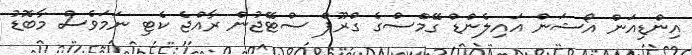
އިންޑިއަން އޯޝަން އައިލެންޑް ގޭމްސްގެ ގްރޫޕް ސްޓޭޖުން ރާއްޖެ ކެޓި ނަމަވެސް މާބޮޑު